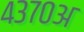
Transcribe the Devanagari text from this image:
४३७०अ